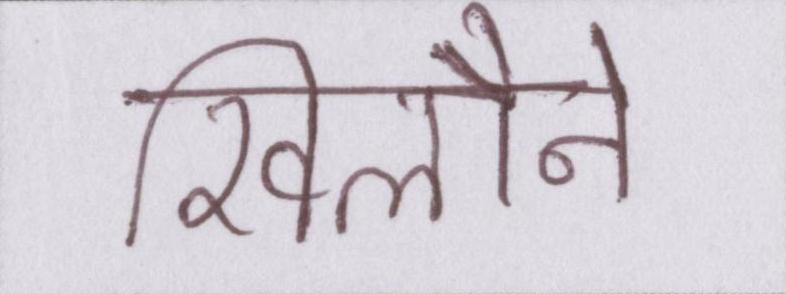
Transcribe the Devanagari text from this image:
खिलौने